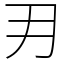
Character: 𭃂